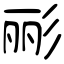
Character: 彨